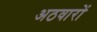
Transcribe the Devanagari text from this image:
अठवारों